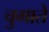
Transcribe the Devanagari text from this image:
चुगाते